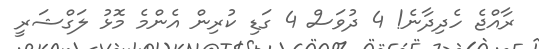
ރާއްޖެ ހެދިދާނެ! 4 ދުވަސް 4 ގަޑި ކުރިން އެންމެ މޮޅު ލަގްޝަރީ